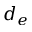
d _ { e }